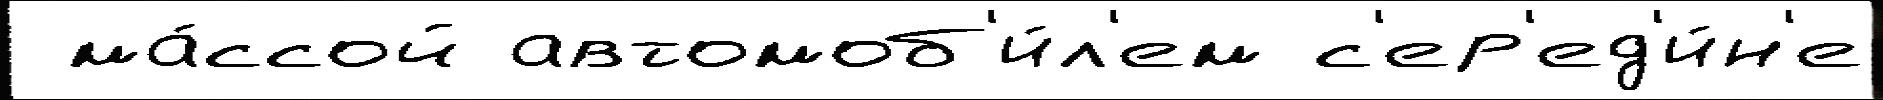
 ма́ссой автомоб'и́л'ем с'ер'ед'и́н'е